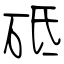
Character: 砥